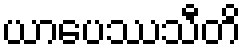
ယာပေဿသီတိ